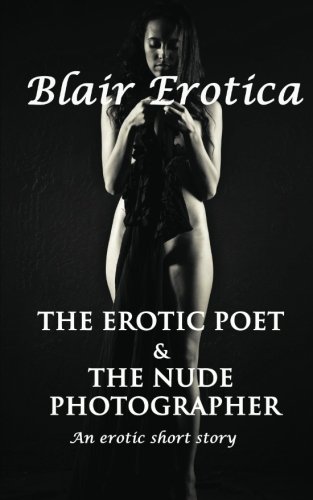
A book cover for The Erotic Poet and the Nude Photographer: A Short Story; Blair Erotica; Romance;